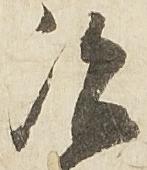
治